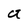
Character: a